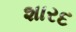
શારદ